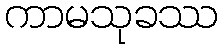
ကာမသုခဿ